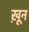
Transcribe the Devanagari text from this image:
खू़न